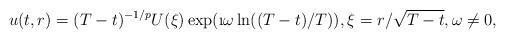
LaTeX: \begin{align*}u(t,r) = (T-t)^{-1/p} U(\xi) \exp(\i\omega\ln((T-t)/T)),\xi = r/\sqrt{T-t},\omega\neq 0,\end{align*}